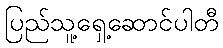
ပြည်သူ့ရှေ့ဆောင်ပါတီ